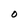
Character: O